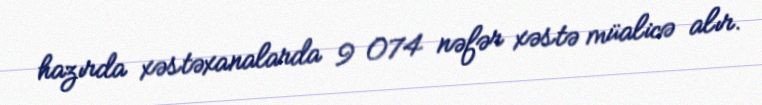
hazırda xəstəxanalarda 9 074 nəfər xəstə müalicə alır.